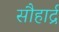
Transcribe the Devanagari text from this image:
सौहार्द्र